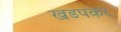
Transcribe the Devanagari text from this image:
खडपकर